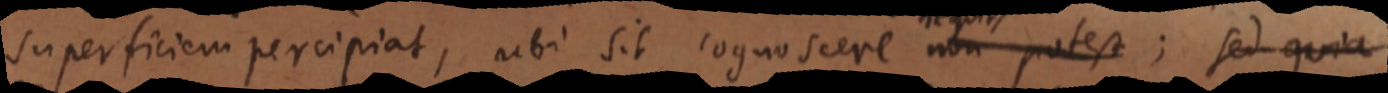
superficiem percipiat, ubi sit cognoscere non potest; sed quia